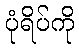
ပုံရိပ်ကို